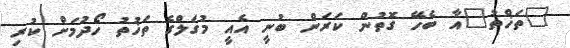
"ތަޚްތު"އާ ބެހޭ ގޮތުން ކަރަން ބުނީ އެއީ މުގަލްގެ ތަޚުތު ހޯދުމަށް ކުރި